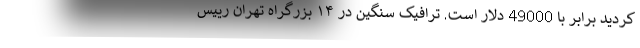
کردید برابر با 49000 دلار است. ترافیک سنگین در ۱۴ بزرگراه تهران رییس